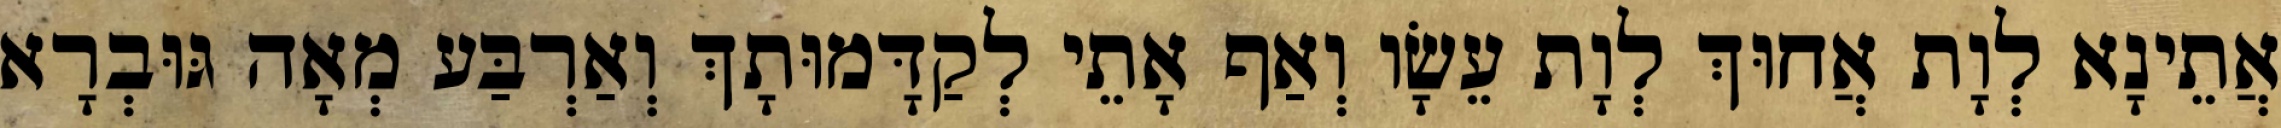
אֲתֵינָא לְוָת אֲחוּךְ לְוָת עֵשָׂו וְאַף אָתֵי לְקַדָּמוּתָךְ וְאַרְבַּע מְאָה גּוּבְרָא